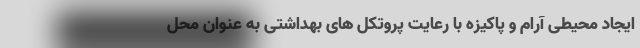
ایجاد محیطی آرام و پاکیزه با رعایت پروتکل های بهداشتی به عنوان محل